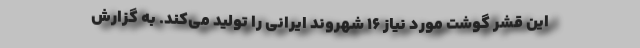
این قشر گوشت مورد نیاز ۱۶ شهروند ایرانی را تولید می‌کند. به گزارش